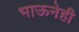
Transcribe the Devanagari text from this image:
भाऊनेही